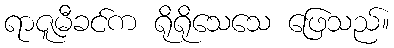
ရာဇူမီခင်က ရိုရိုသေသေ ဖြေသည်။